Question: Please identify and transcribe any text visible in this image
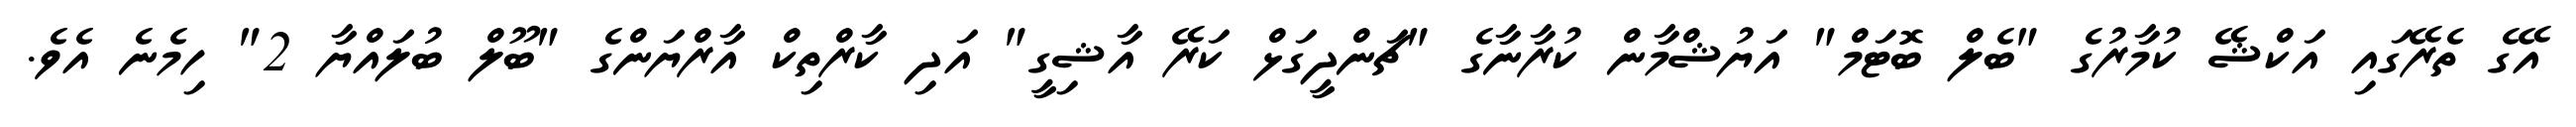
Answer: އޭގެ ތެރޭގައި އަކްޝޭ ކުމާރުގެ "ބެލް ބޮޓަމް" އަޔުޝްމާން ކުރާނާގެ "ޗަންދީގަޅް ކަރޭ އާޝިގީ" އަދި ކާރްތިކް އާރްޔަންގެ "ބޫލް ބުލައްޔާ 2" ހިމެނެ އެވެ.